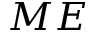
M E